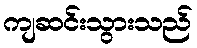
ကျဆင်းသွားသည်